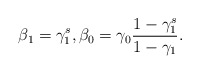
\begin{align*}\beta_1=\gamma_1^s , \beta_0=\gamma_0 \frac{1-\gamma_1^s}{1-\gamma_1} .\end{align*}